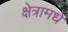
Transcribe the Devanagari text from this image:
क्षेत्रामधे